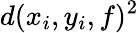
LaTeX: d(x_{i},y_{i},f)^{2}